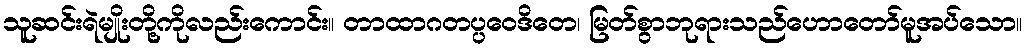
သူဆင်းရဲမျိုးတို့ကိုလည်းကောင်း။ တာထာဂတပ္ပဝေဒိတေ၊ မြတ်စွာဘုရားသည်ဟောတော်မူအပ်သော။